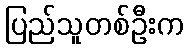
ပြည်သူတစ်ဦးက